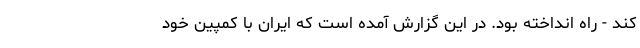
کند - راه انداخته بود. در این گزارش آمده است که ایران با کمپین خود